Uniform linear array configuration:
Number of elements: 8
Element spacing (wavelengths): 0.5
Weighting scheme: hann
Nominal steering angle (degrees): -60
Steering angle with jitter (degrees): -60.58
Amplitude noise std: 0.05
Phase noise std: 0.05

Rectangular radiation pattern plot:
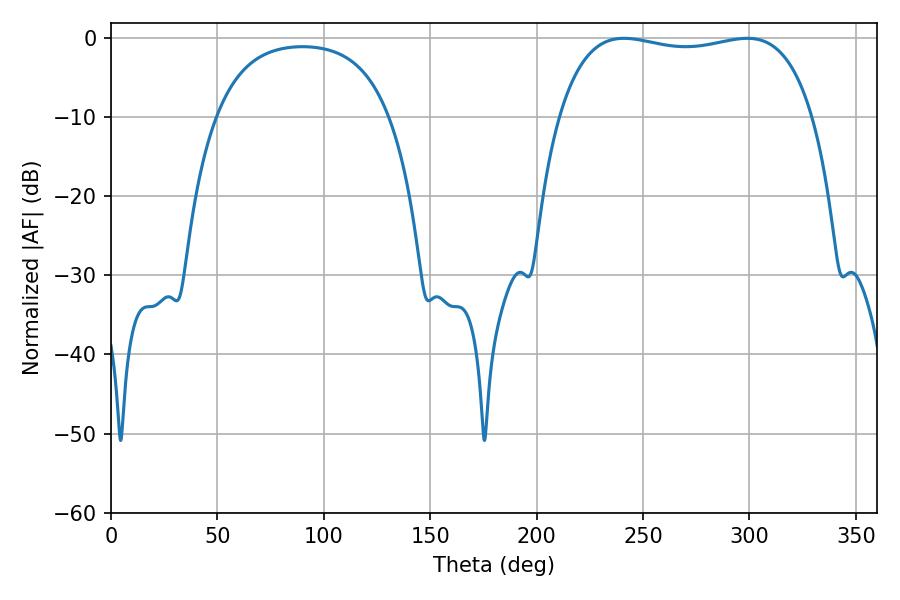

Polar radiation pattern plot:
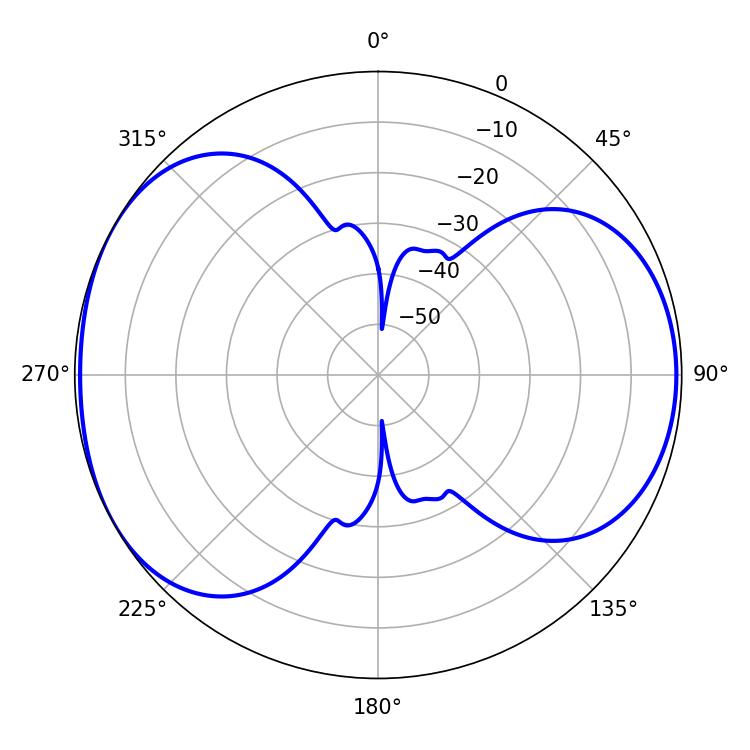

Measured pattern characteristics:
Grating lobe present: FALSE
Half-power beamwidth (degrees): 96.12
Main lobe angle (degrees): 241.02